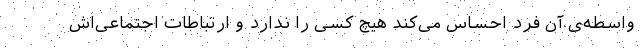
واسطه‌ی آن فرد احساس می‌کند هیچ کسی را ندارد و ارتباطات اجتماعی‌اش